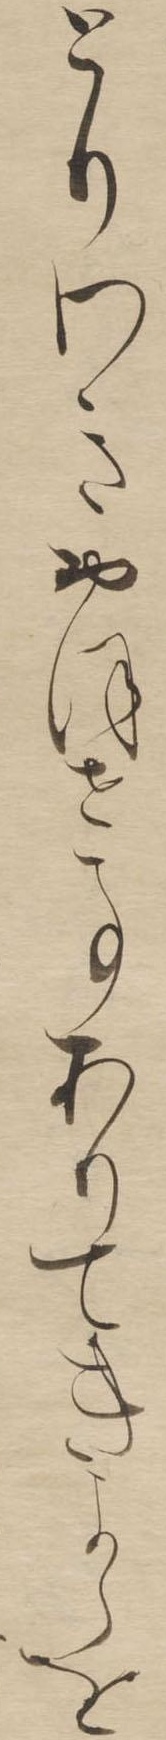
とりわきおほせ事ありてきよらを